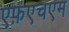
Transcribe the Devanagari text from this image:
एफ़एचएम